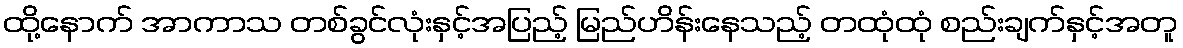
ထို့နောက် အာကာသ တစ်ခွင်လုံးနှင့်အပြည့် မြည်ဟိန်းနေသည့် တထုံထုံ စည်းချက်နှင့်အတူ